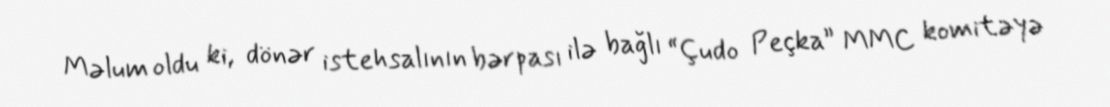
Məlum oldu ki, dönər istehsalının bərpası ilə bağlı “Çudo Peçka” MMC komitəyə